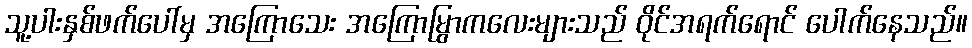
သူ့ပါးနှစ်ဖက်ပေါ်မှ အကြောသေး အကြောမြွာကလေးများသည် ဝိုင်အရက်ရောင် ပေါက်နေသည်။